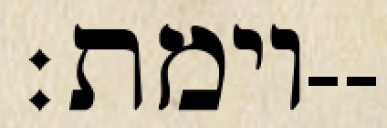
וימת׃--